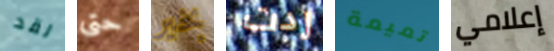
لقد حتى بخير ردت تميمة إعلامي